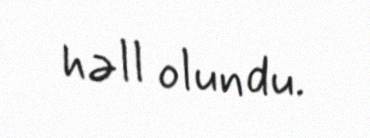
həll olundu.